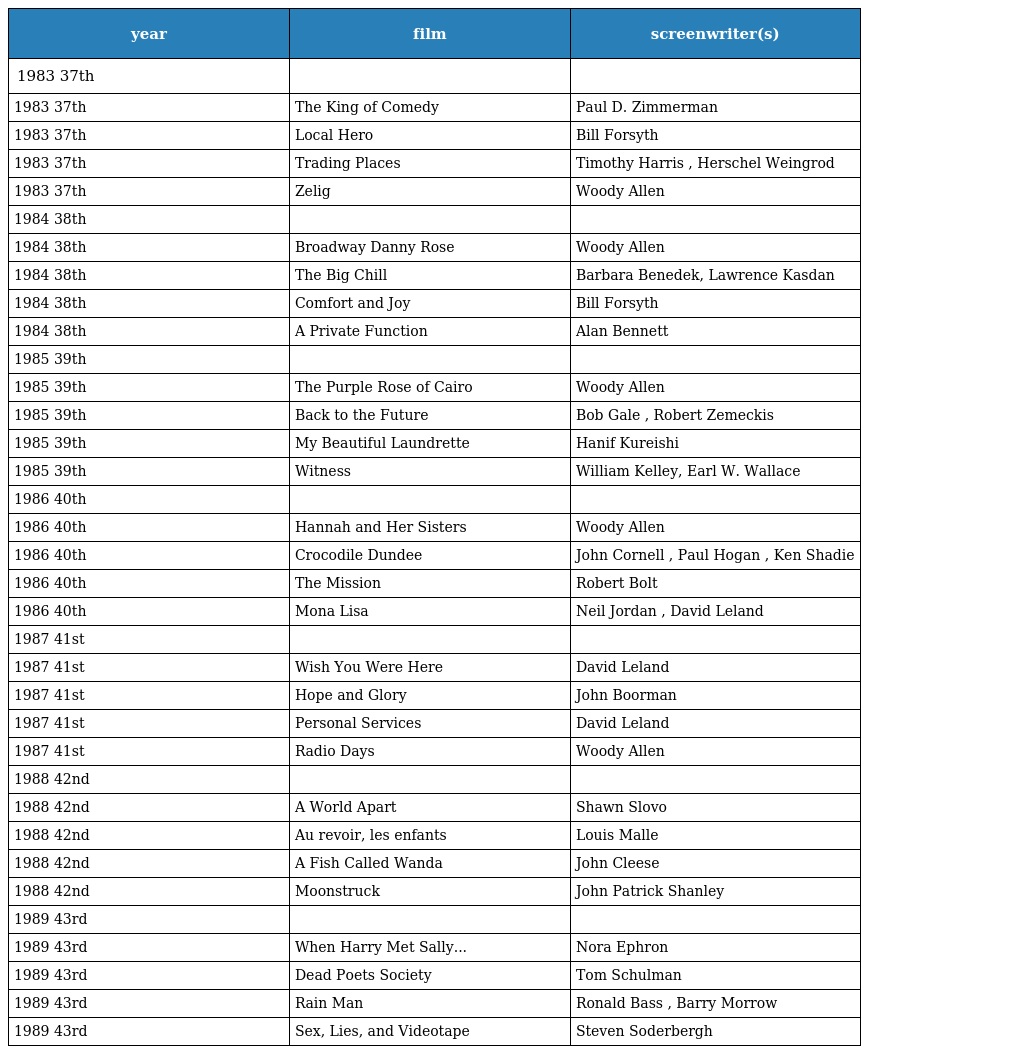
| year | film | screenwriter(s) |
 | --- | --- | --- |
 | 1983 37th |  |  |
 | 1983 37th | The King of Comedy | Paul D. Zimmerman |
 | 1983 37th | Local Hero | Bill Forsyth |
 | 1983 37th | Trading Places | Timothy Harris , Herschel Weingrod |
 | 1983 37th | Zelig | Woody Allen |
 | 1984 38th |  |  |
 | 1984 38th | Broadway Danny Rose | Woody Allen |
 | 1984 38th | The Big Chill | Barbara Benedek, Lawrence Kasdan |
 | 1984 38th | Comfort and Joy | Bill Forsyth |
 | 1984 38th | A Private Function | Alan Bennett |
 | 1985 39th |  |  |
 | 1985 39th | The Purple Rose of Cairo | Woody Allen |
 | 1985 39th | Back to the Future | Bob Gale , Robert Zemeckis |
 | 1985 39th | My Beautiful Laundrette | Hanif Kureishi |
 | 1985 39th | Witness | William Kelley, Earl W. Wallace |
 | 1986 40th |  |  |
 | 1986 40th | Hannah and Her Sisters | Woody Allen |
 | 1986 40th | Crocodile Dundee | John Cornell , Paul Hogan , Ken Shadie |
 | 1986 40th | The Mission | Robert Bolt |
 | 1986 40th | Mona Lisa | Neil Jordan , David Leland |
 | 1987 41st |  |  |
 | 1987 41st | Wish You Were Here | David Leland |
 | 1987 41st | Hope and Glory | John Boorman |
 | 1987 41st | Personal Services | David Leland |
 | 1987 41st | Radio Days | Woody Allen |
 | 1988 42nd |  |  |
 | 1988 42nd | A World Apart | Shawn Slovo |
 | 1988 42nd | Au revoir, les enfants | Louis Malle |
 | 1988 42nd | A Fish Called Wanda | John Cleese |
 | 1988 42nd | Moonstruck | John Patrick Shanley |
 | 1989 43rd |  |  |
 | 1989 43rd | When Harry Met Sally... | Nora Ephron |
 | 1989 43rd | Dead Poets Society | Tom Schulman |
 | 1989 43rd | Rain Man | Ronald Bass , Barry Morrow |
 | 1989 43rd | Sex, Lies, and Videotape | Steven Soderbergh |